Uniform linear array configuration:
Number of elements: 32
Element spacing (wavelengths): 0.75
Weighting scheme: kaiser
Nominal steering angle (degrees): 30
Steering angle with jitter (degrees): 28.845
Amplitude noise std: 0.05
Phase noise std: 0.05

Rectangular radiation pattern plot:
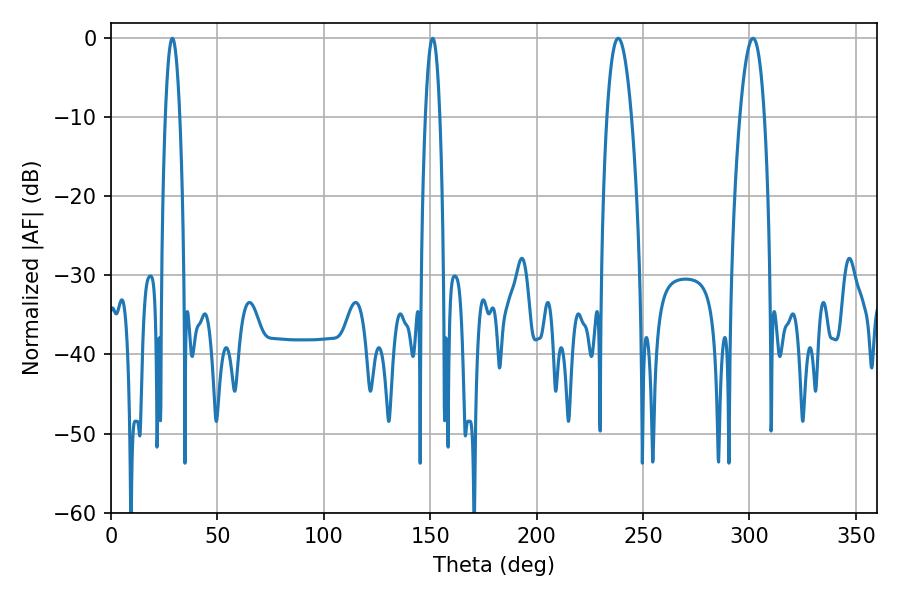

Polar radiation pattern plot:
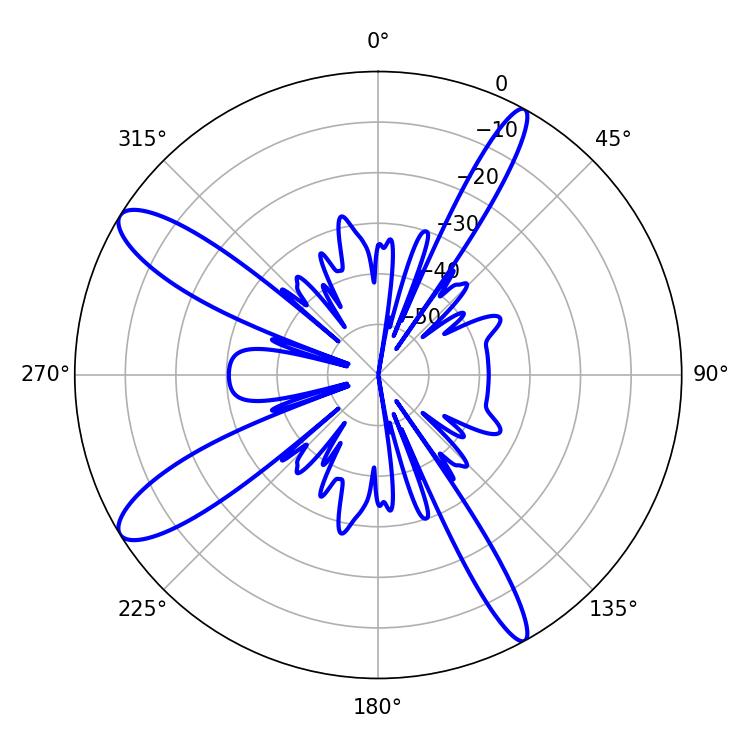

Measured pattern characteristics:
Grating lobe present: TRUE
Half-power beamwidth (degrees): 6.3
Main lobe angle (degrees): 301.68